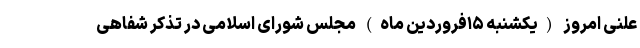
علنی امروز (یکشنبه ۱۵فروردین ماه) مجلس شورای اسلامی در تذکر شفاهی